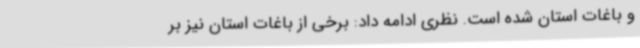
و باغات استان شده است. نظری ادامه داد: برخی از باغات استان نیز بر